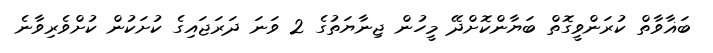
ބަޣާވާތް ކުރަންވީގޮތް ބަޔާންކޮށްދޭ މީހުން ޖިނާޔަތުގެ 2 ވަނަ ދަރަޖައިގެ ކުށަކުން ކުށްވެރިވާނެ